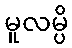
မူလမ္ပိ